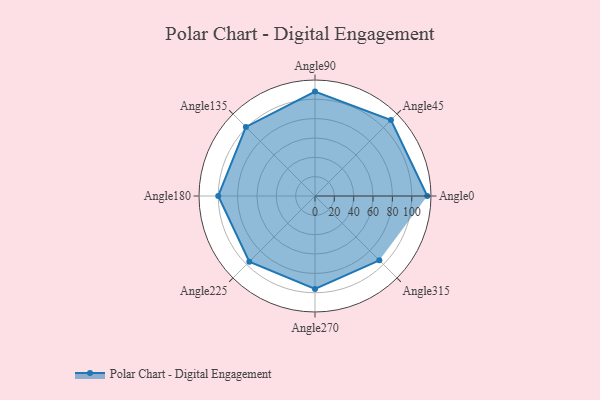
{"axis": {"x": "Angle", "y": "Radius"}, "legend": [""], "data": [{"x": "Angle0", "y": 116.0, "type": ""}, {"x": "Angle45", "y": 111.0, "type": ""}, {"x": "Angle90", "y": 108.0, "type": ""}, {"x": "Angle135", "y": 101.0, "type": ""}, {"x": "Angle180", "y": 100.0, "type": ""}, {"x": "Angle225", "y": 96.0, "type": ""}, {"x": "Angle270", "y": 96.0, "type": ""}, {"x": "Angle315", "y": 94.0, "type": ""}]}